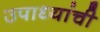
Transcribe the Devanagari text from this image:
उपाध्यांची